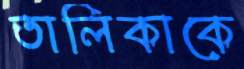
তালিকাকে